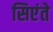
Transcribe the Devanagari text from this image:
सिएंते